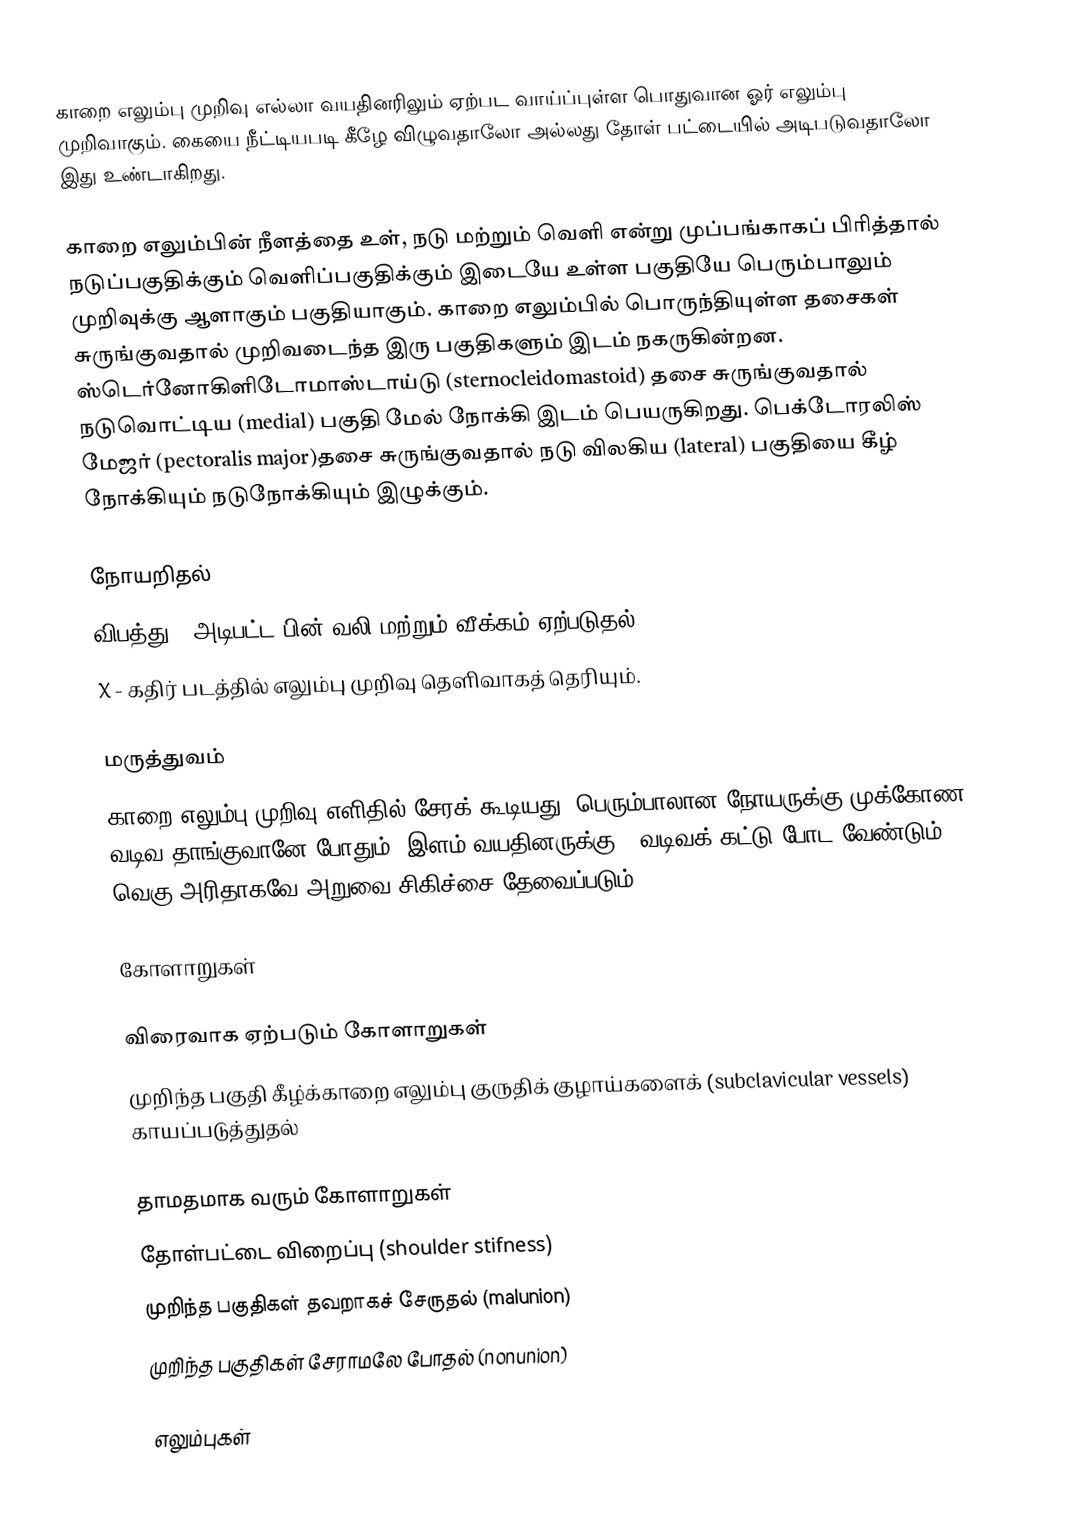
காறை எலும்பு முறிவு எல்லா வயதினரிலும்  ஏற்பட வாய்ப்புள்ள  பொதுவான ஓர் எலும்பு முறிவாகும். கையை நீட்டியபடி கீழே விழுவதாலோ அல்லது தோள் பட்டையில் அடிபடுவதாலோ இது உண்டாகிறது.

காறை எலும்பின் நீளத்தை உள், நடு மற்றும் வெளி என்று முப்பங்காகப் பிரித்தால் நடுப்பகுதிக்கும் வெளிப்பகுதிக்கும் இடையே உள்ள பகுதியே பெரும்பாலும் முறிவுக்கு ஆளாகும் பகுதியாகும். காறை எலும்பில் பொருந்தியுள்ள தசைகள் சுருங்குவதால் முறிவடைந்த இரு பகுதிகளும் இடம் நகருகின்றன. ஸ்டெர்னோகிளிடோமாஸ்டாய்டு (sternocleidomastoid) தசை சுருங்குவதால் நடுவொட்டிய  (medial) பகுதி மேல் நோக்கி இடம் பெயருகிறது. பெக்டோரலிஸ் மேஜர் (pectoralis major)தசை சுருங்குவதால் நடு விலகிய (lateral) பகுதியை கீழ் நோக்கியும் நடுநோக்கியும் இழுக்கும்.

நோயறிதல்
விபத்து - அடிபட்ட பின் வலி மற்றும் வீக்கம் ஏற்படுதல்
X - கதிர் படத்தில் எலும்பு முறிவு தெளிவாகத் தெரியும்.

மருத்துவம்
காறை எலும்பு முறிவு எளிதில் சேரக் கூடியது. பெரும்பாலான நோயருக்கு முக்கோண வடிவ தாங்குவானே போதும். இளம் வயதினருக்கு 8-வடிவக் கட்டு போட வேண்டும். வெகு அரிதாகவே அறுவை சிகிச்சை தேவைப்படும்.

கோளாறுகள்

விரைவாக ஏற்படும் கோளாறுகள்
 முறிந்த பகுதி கீழ்க்காறை எலும்பு குருதிக் குழாய்களைக் (subclavicular vessels) காயப்படுத்துதல்

தாமதமாக வரும் கோளாறுகள்
 தோள்பட்டை விறைப்பு (shoulder stifness)
 முறிந்த பகுதிகள் தவறாகச் சேருதல் (malunion)
 முறிந்த பகுதிகள் சேராமலே போதல் (nonunion)

எலும்புகள்